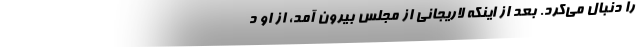
را دنبال می‌کرد. بعد از اینکه لاریجانی از مجلس بیرون آمد، از او د